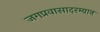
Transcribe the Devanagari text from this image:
जगप्रवासादरम्यान